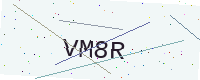
Text: VM8R